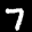
Label: 7